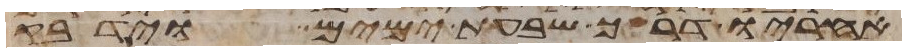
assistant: אחריו דרך שבעת ימים וידבק